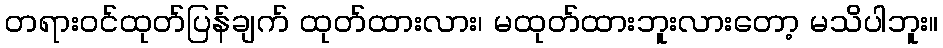
တရားဝင်ထုတ်ပြန်ချက် ထုတ်ထားလား၊ မထုတ်ထားဘူးလားတော့ မသိပါဘူး။